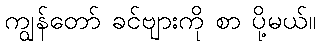
ကျွန်တော် ခင်ဗျားကို စာ ပို့မယ်။